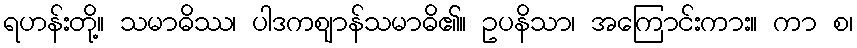
ရဟန်းတို့။ သမာဓိဿ၊ ပါဒကဈာန်သမာဓိ၏။ ဥပနိသာ၊ အကြောင်းကား။ ကာ စ၊